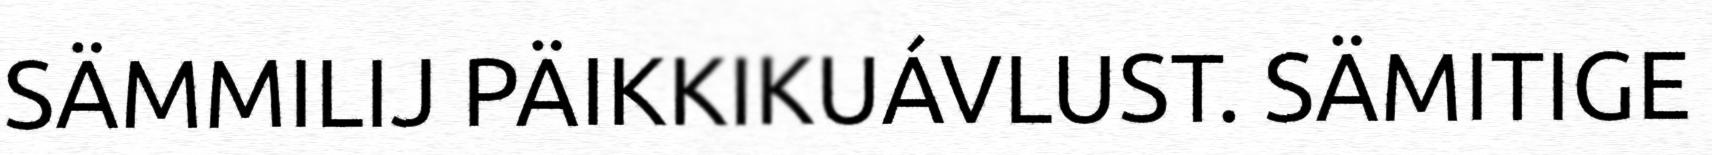
SÄMMILIJ PÄIKKIKUÁVLUST. SÄMITIGE